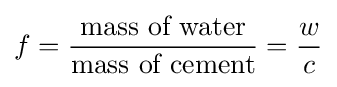
f={\frac {\text{mass of water}}{\text{mass of cement}}}={\frac {w}{c}}